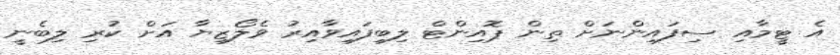
އެ ޓީމާއި ސިފައިންނަށް ތިން ޕޮއިންޓް ލިބިފައިވާއިރު ވެލޯޒިޔާ އަށް ކުރި ލިބެނީ